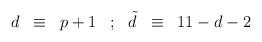
LaTeX: \begin{align*}\begin{array}{ccccccc} d & \equiv & p+1 & ; & {\tilde d} & \equiv & 11 - d -2 \\\end{array}\end{align*}